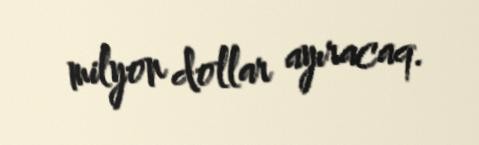
milyon dollar ayıracaq.